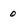
Character: 0